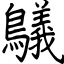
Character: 鸃